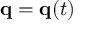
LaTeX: \mathbf { q } = \mathbf { q } ( t )